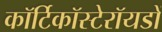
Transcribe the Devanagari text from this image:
कॉर्टिकॉस्टेरॉयडों